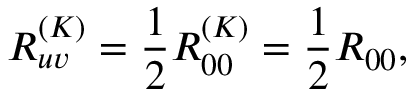
R _ { u v } ^ { ( K ) } = \frac { 1 } { 2 } R _ { 0 0 } ^ { ( K ) } = \frac { 1 } { 2 } R _ { 0 0 } ,